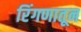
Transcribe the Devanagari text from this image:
रिंगणातून